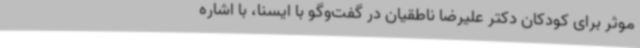
موثر برای کودکان دکتر علیرضا ناطقیان در گفت‌وگو با ایسنا، با اشاره